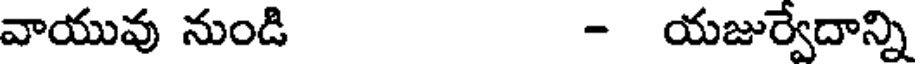
వాయువు నుండి - యజుర్వేదాన్ని